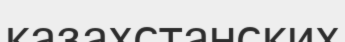
казахстанских